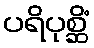
ပရိပုစ္ဆိံ